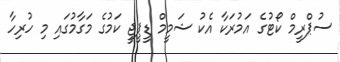
ސުޕްރީމް ކޯޓުގެ އަމުރަކާ އެކު ޝަމީމް ޑީޕީޖީ ކަމުގެ މަގާމުގައި މި ހުރިހާ